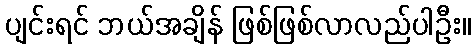
ပျင်းရင် ဘယ်အချိန် ဖြစ်ဖြစ်လာလည်ပါဦး။